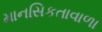
માનસિકતાવાળા